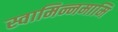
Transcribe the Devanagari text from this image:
स्वामिन्नमामि